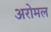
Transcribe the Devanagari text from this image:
अरोमल